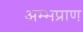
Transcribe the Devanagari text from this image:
अम्भप्राण